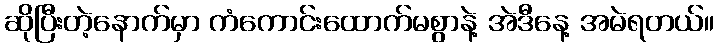
ဆိုပြီးတဲ့နောက်မှာ ကံကောင်းထောက်မစွာနဲ့ အဲဒီနေ့ အမဲရတယ်။